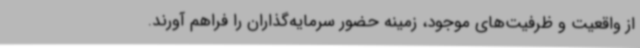
از واقعیت و ظرفیت‌های موجود، زمینه حضور سرمایه‌گذاران را فراهم آورند.